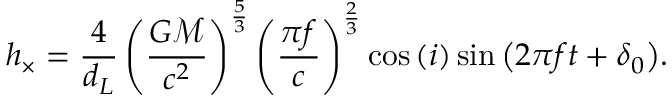
h _ { \times } = \frac { 4 } { d _ { L } } \left( \frac { G \mathcal { M } } { c ^ { 2 } } \right) ^ { \frac { 5 } { 3 } } \left( \frac { \pi f } { c } \right) ^ { \frac { 2 } { 3 } } \cos { ( i ) } \sin { \left( 2 \pi f t + \delta _ { 0 } \right) } .